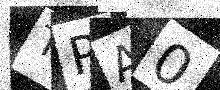
Text: TPA0